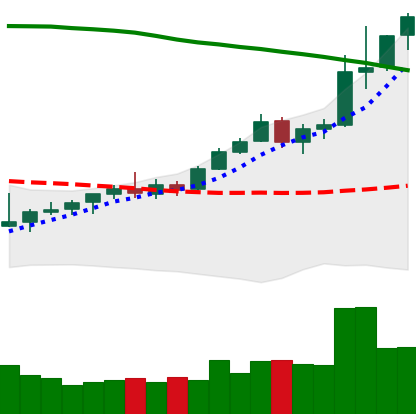
Ticker: TRX-USD
Chart end date: 2021-08-14
Forward return: -4.806%
Label: down_3_5